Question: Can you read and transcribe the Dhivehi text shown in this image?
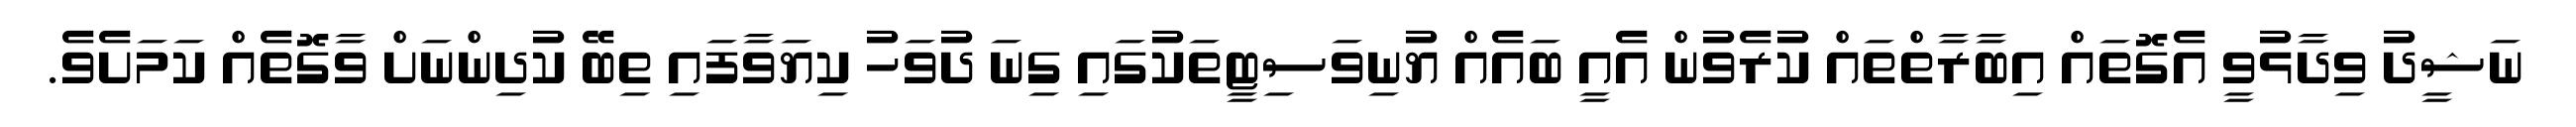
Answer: ނަޝީދު ވިދާޅުވީ އެގޮތައް އިބާރާތްތައް ކުރެވުން އެއީ ބައެއް ޔުނިވަސިޓީތަކުގައި ގިނަ ދުވަހު ކިޔަވާފައި ތިބޭ ކުދިންނަށް ވާގޮތެއް ކަމަށެވެ.